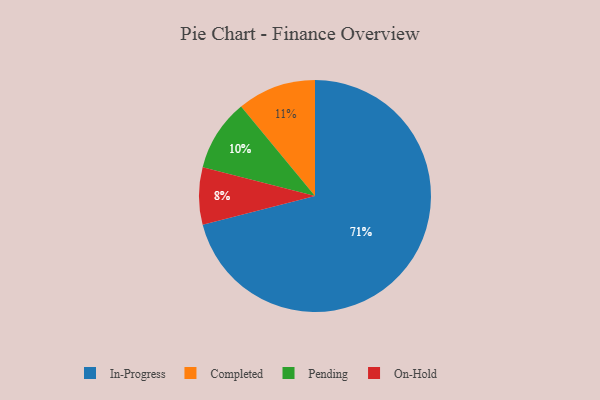
{"axis": {"x": "Category", "y": "Percentage"}, "legend": ["Completed", "In-Progress", "On-Hold", "Pending"], "data": [{"x": "Completed", "y": 11, "type": "Completed"}, {"x": "Pending", "y": 10, "type": "Pending"}, {"x": "In-Progress", "y": 71, "type": "In-Progress"}, {"x": "On-Hold", "y": 8, "type": "On-Hold"}]}